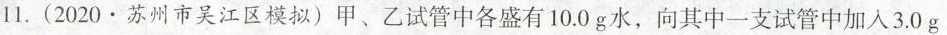
11.(2020·苏州市吴江区模拟)甲、乙试管中各盛有10.0g水，向其中一支试管中加入3.0g